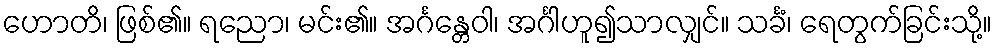
ဟောတိ၊ ဖြစ်၏။ ရညော၊ မင်း၏။ အင်္ဂန္တေဝါ၊ အင်္ဂါဟူ၍သာလျှင်။ သင်္ခံ၊ ရေတွက်ခြင်းသို့။